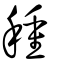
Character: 種